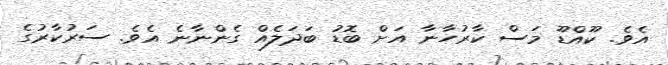
އެވެ. ކޫއްޑޫ މަސް ކާރުހާނާ އަށް ބޮޑު ބަދަލެއް ގެންނާނެ އެވެ. ސަރުކާރުގެ